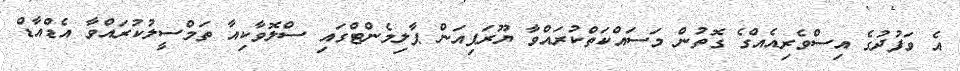
އެ ވަފުދުގެ އިސްވެރިއެއްގެ ގޮތުން މަސައްކަތްކުރައްވާ ޔޫރަޕިއަން ޕާލިމެންޓްގައި ސްލޮވާކިއާ ތަމްސީލުކުރައްވާ އެޑްއާޑް